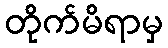
တိုက်မိရာမှ